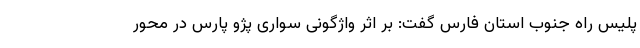
پلیس راه جنوب استان فارس گفت: بر اثر واژگونی سواری پژو پارس در محور